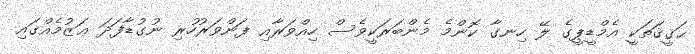
ޙަޤީޤަތަކީ އެމްޑީޕީގެ ލޭ ހިނގާ ކޮންމެ މެންބަރަކީވެސް ހިއްވަރާއި ފަންވަރުހުރި ނުގުޑާފަދަ ޢަޒުމެއްގައި